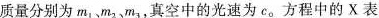
质量分别为m_{1},m_{2},m_{3}，真空中的光速为c。方程中的X表